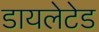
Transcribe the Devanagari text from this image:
डायलेटेड